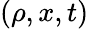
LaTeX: (\rho,x,t)